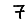
Digit: 7